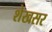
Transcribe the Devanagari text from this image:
शेखसर